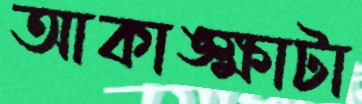
আকাঙ্ক্ষাটা